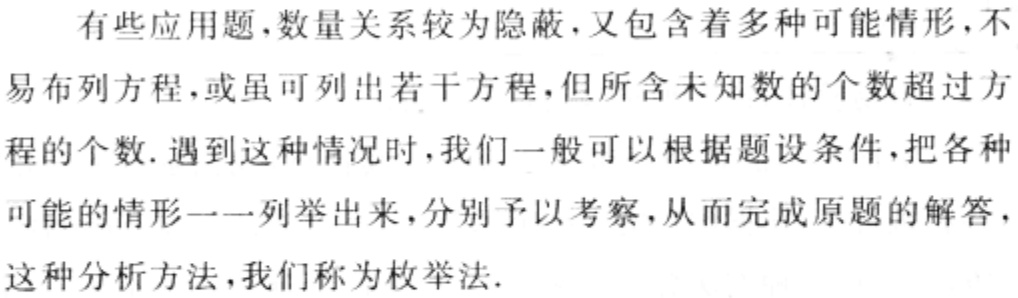
有些应用题,数量关系较为隐蔽,又包含着多种可能情形,不易布列方程,或虽可列出若干方程,但所含未知数的个数超过方程的个数.遇到这种情况时,我们一般可以根据题设条件,把各种可能的情形一一列举出来,分别予以考察,从而完成原题的解答,这种分析方法,我们称为枚举法.